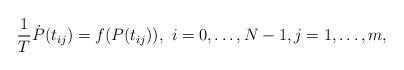
LaTeX: \begin{align*} \frac{1}{T} \dot P(t_{ij})=f(P (t_{ij} )), \,\, i = 0, \dots, N-1, j = 1, \dots, m,\end{align*}